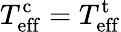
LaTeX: T_{\mathrm{eff}}^{\mathrm{c}}=T_{\mathrm{eff}}^{\mathrm{t}}